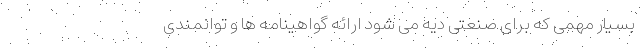
بسیار مهمی که برای صنعتی دیه می شود ارائه گواهینامه ها و توانمندی